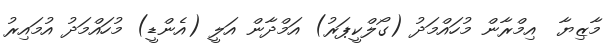
މާޒިޔާ  އިމްރާން މުހައްމަދު (ގޯލްކީޕަރު) އަމްދާން އަލީ (އެންޑީ) މުހައްމަދު އުމައިރު